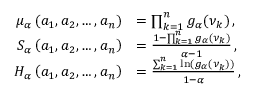
\begin{array} { r l } { \mu _ { \alpha } \left( a _ { 1 } , a _ { 2 } , \dots , a _ { n } \right) } & { = \prod _ { k = 1 } ^ { n } g _ { \alpha } ( \nu _ { k } ) \, , } \\ { S _ { \alpha } \left( a _ { 1 } , a _ { 2 } , \dots , a _ { n } \right) } & { = \frac { 1 - \prod _ { k = 1 } ^ { n } g _ { \alpha } ( \nu _ { k } ) } { \alpha - 1 } \, , } \\ { H _ { \alpha } \left( a _ { 1 } , a _ { 2 } , \dots , a _ { n } \right) } & { = \frac { \sum _ { k = 1 } ^ { n } \ln \left( g _ { \alpha } ( \nu _ { k } ) \right) } { 1 - \alpha } \, , } \end{array}